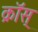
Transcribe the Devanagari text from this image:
क्रॉस्